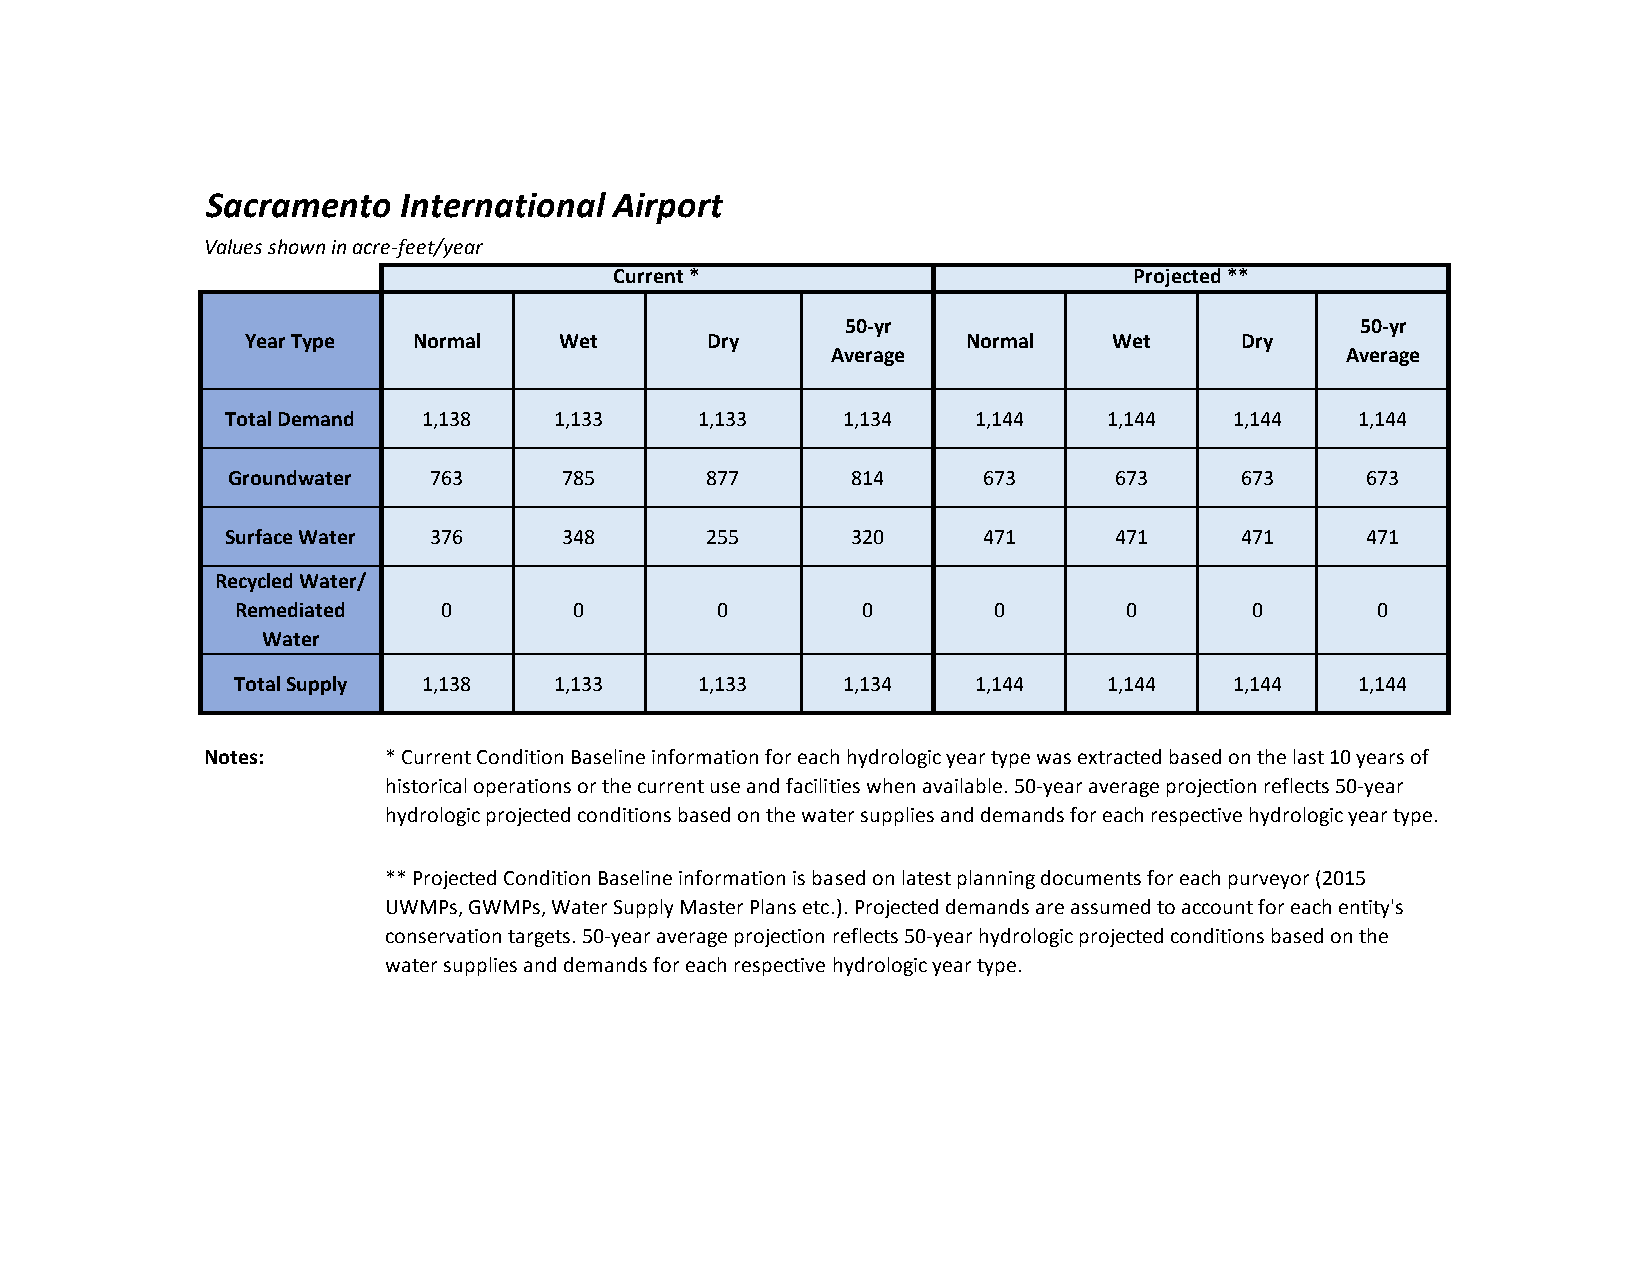
Sacramento  International  Airport
 Values shown in acre-feet/year
 Current *                         Projected **
 50-yr                             50-yr
 Year Type  Normal    Wet       Dry              Normal    Wet     Dry
 Average                           Average
 Total Demand 1,138    1,133    1,133     1,134   1,144    1,144    1,144   1,144
 Groundwater  763      785       877      814      673      673     673     673
 Surface Water 376     348       255      320      471      471     471     471
 Recycled Water/
 Remediated   0        0        0         0        0       0        0       0
 Water
 Total Supply 1,138    1,133    1,133     1,134   1,144    1,144    1,144   1,144
 Notes:     * Current Condition Baseline information for each hydrologic year type was extracted based on the last 10 years of
 historical operations or the current use and facilities when available. 50-year average projection reflects 50-year
 hydrologic projected conditions based on the water supplies and demands for each respective hydrologic year type.
 ** Projected Condition Baseline information is based on latest planning documents for each purveyor (2015
 UWMPs, GWMPs, Water Supply Master Plans etc.). Projected demands are assumed to account for each entity's
 conservation targets. 50-year average projection reflects 50-year hydrologic projected conditions based on the
 water supplies and demands for each respective hydrologic year type.